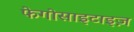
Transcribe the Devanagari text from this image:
फेगोसाइटाइज़